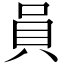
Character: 員